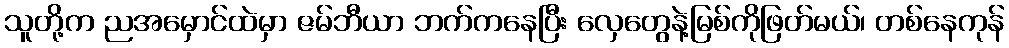
သူတို့က ညအမှောင်ထဲမှာ ဇမ်ဘီယာ ဘက်ကနေပြီး လှေတွေနဲ့မြစ်ကိုဖြတ်မယ်၊ တစ်နေကုန်